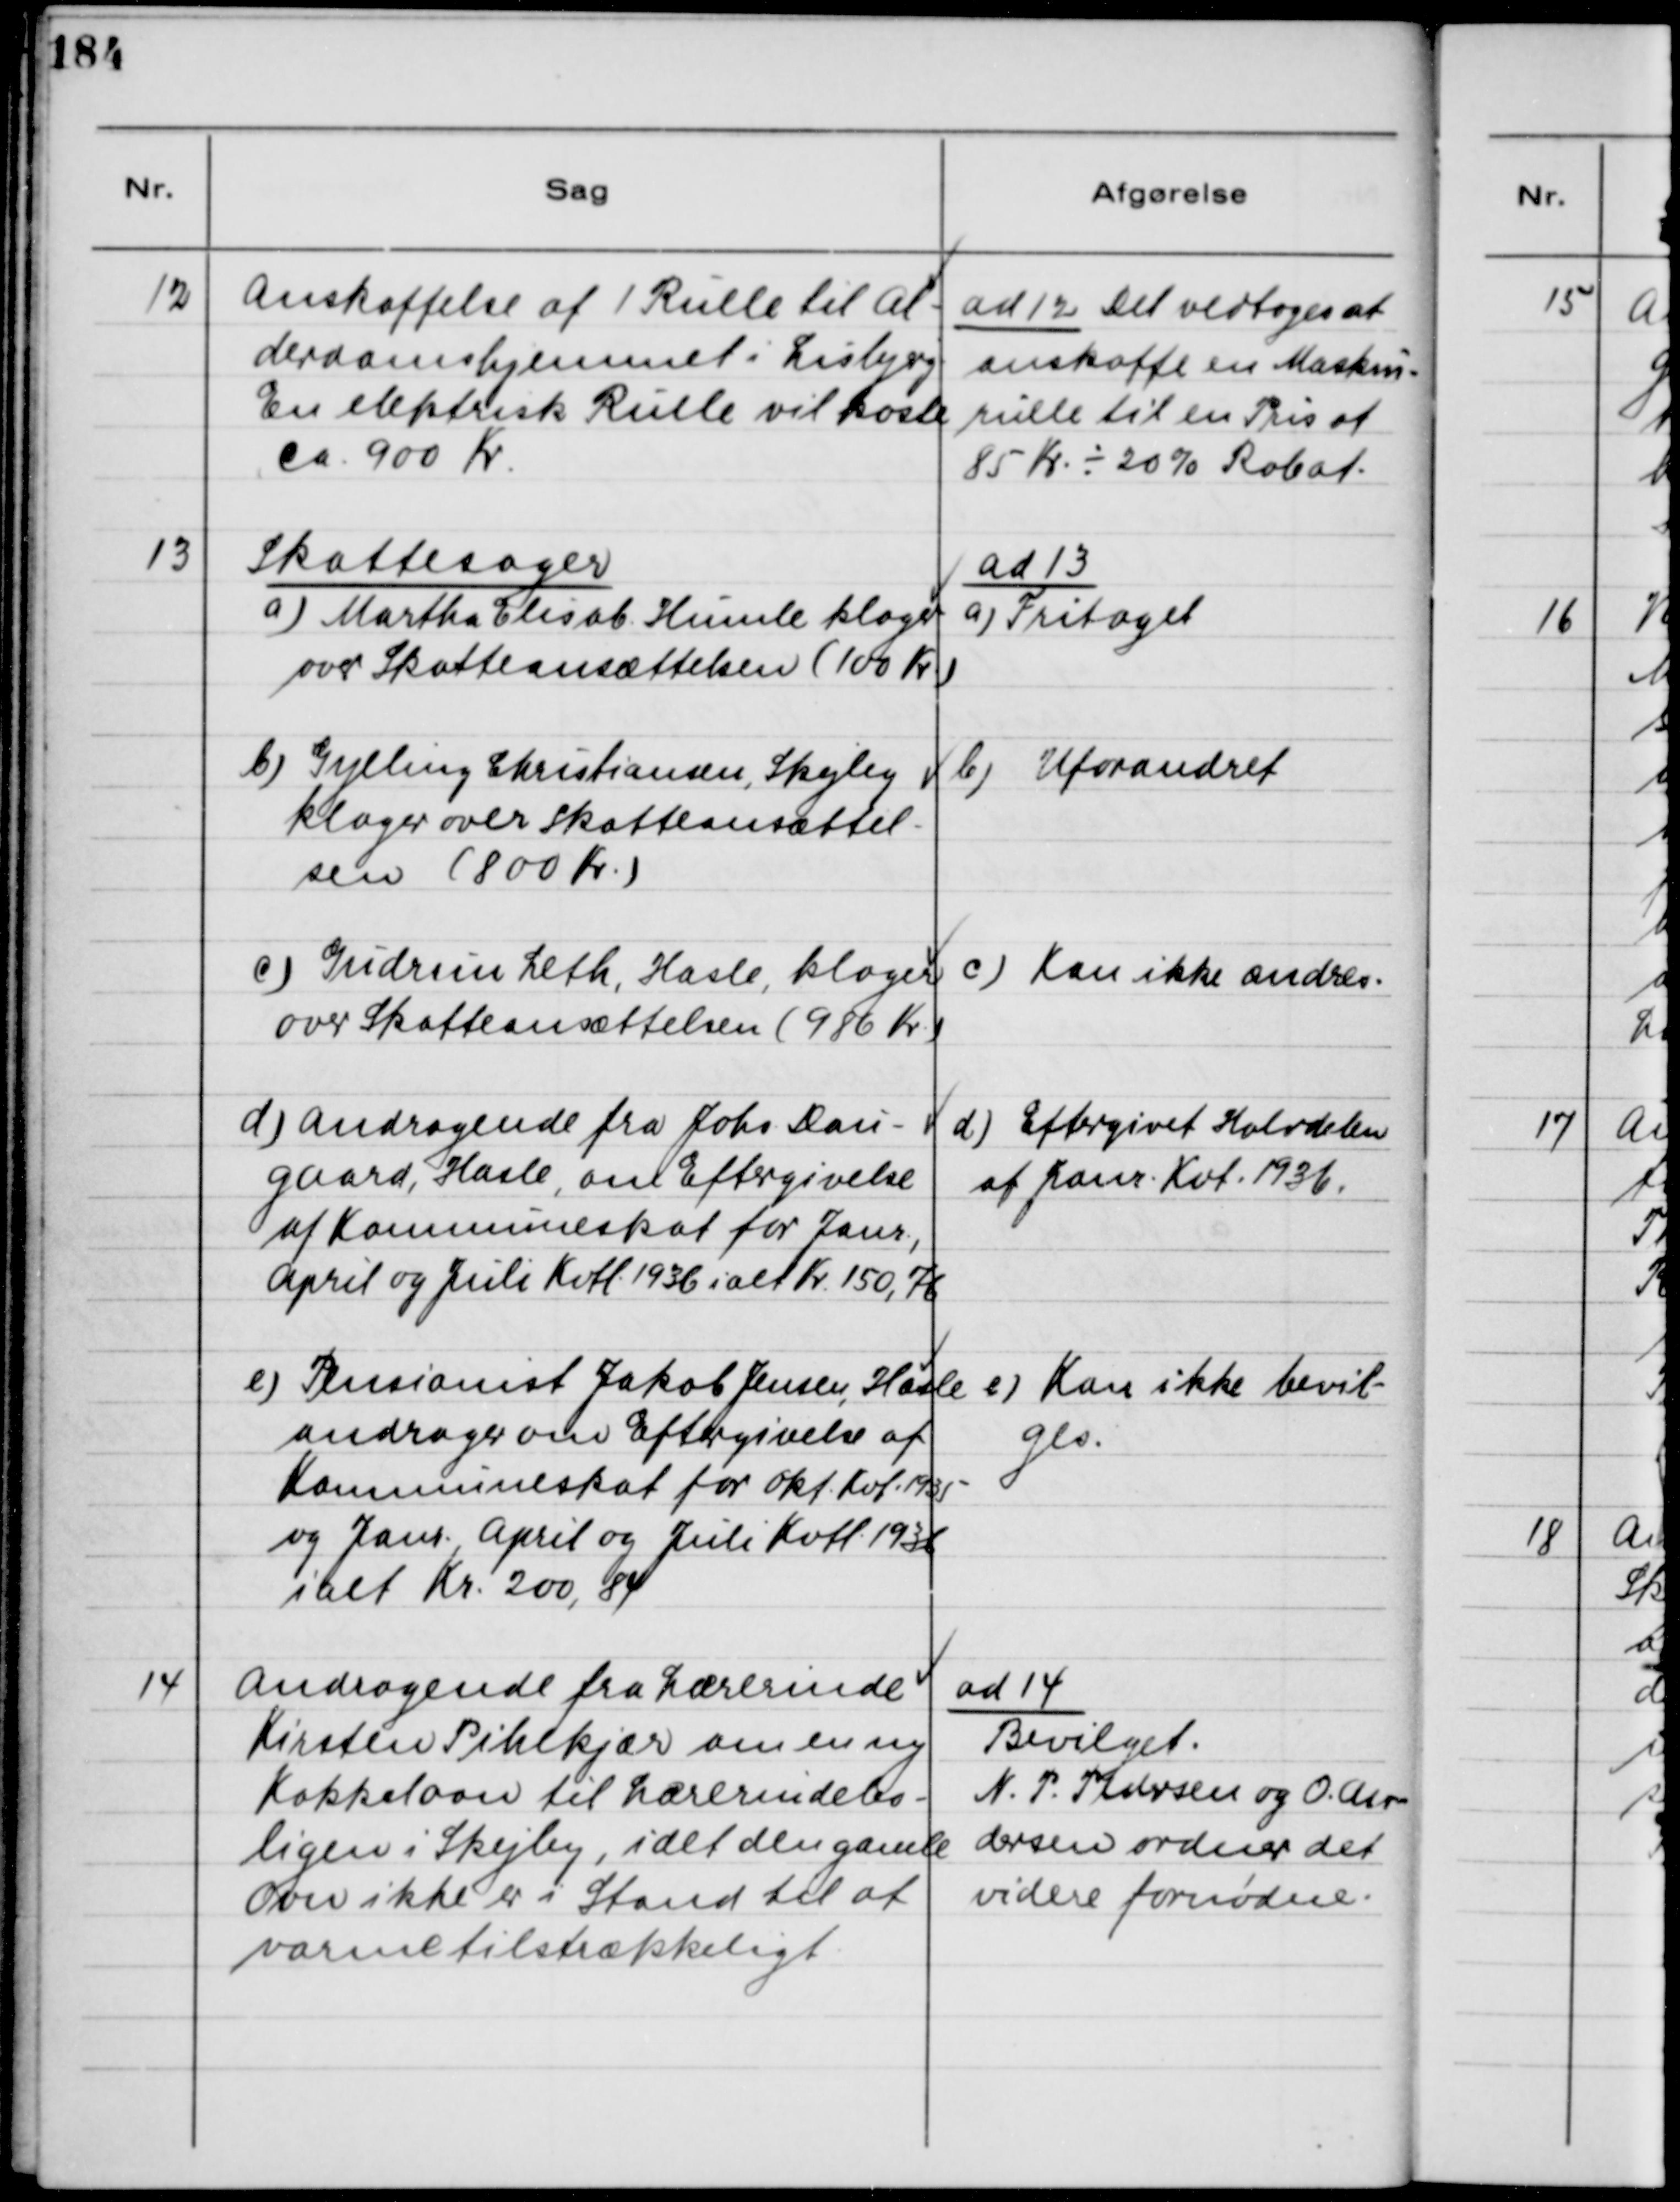
Transskription:
12
Anskaffelse af 1 Rulle til Al-
derdomshjemmet i Lisbjerg
En elektrisk Rulle vil koste
ca. 900 Kr
ad 12 Det vedtoges at
anskaffe en Maskin-
rulle til en Pris af
85 Kr ÷20% Rabat.
13
Skattesager
a) Martha Elisab. Humle klager
over Skatteansættelsen (100 Kr)
ad 13
a) Fritaget
b) Gylling Christiansen, Skejby
klager over Skatteansættel-
sen (800 Kr.)
b) Uforandret
c) Gudrun Leth, Hasle klager
over Skatteansættelsen (986 Kr.)
c) Kan ikke ændres.
d) Andragende fra Johs. Dam-
gaard, Hasle, om Eftergivelse
af Kommuneskat for Janr.,
April og Juli Kvtl. 1936 ialt Kr 150,76
d) Eftergivet Halvdelen
af Janr. Kvt. 1936.
e) Pensionist Jakob Jensen, Hasle
andrager om Eftergivelse af
Kommuneskat for Okt. Kvt 1935
og Janr. April og Juli Kvtl. 1936
ialt Kr. 200,84
e) Kan ikke bevil-
ges.
14
Andragende fra Lærerinde
Kirsten Pihlkjær om en ny
Kakkelovn til Lærerindebo-
ligen i Skejby, idet den gamle
Ovn ikke er i Stand til at
varme tilstrækkeligt
ad 14
Bevilget.
N.P. Pedersen og O. An-
dersen ordner det
videre fornødne.